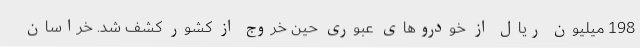
198 میلیون ریال از خودروهای عبوری حین خروج از کشور کشف شد. خراسان